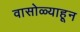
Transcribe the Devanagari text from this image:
वासोळ्याहून